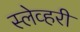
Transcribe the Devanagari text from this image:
स्लेव्हरी